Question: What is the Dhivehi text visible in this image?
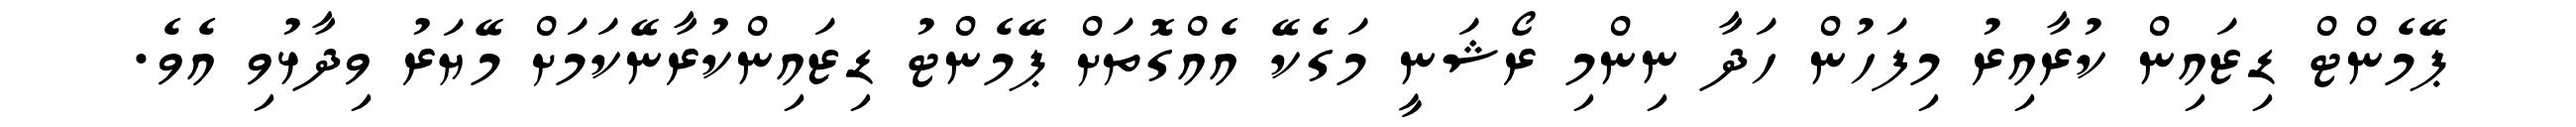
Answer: ޕޭމެންޓް ޑިޒައިން ކުރާއިރު މިފަހުން ހަދާ ނިންމި ރޯޝަނީ މަގެކޭ އެއްގޮތަށް ޕޭމެންޓު ޑިޒައިންކުރާނޭކަމަށް މޭޔަރު ވިދާޅުވި އެވެ.